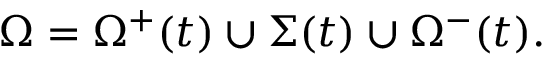
\Omega = \Omega ^ { + } ( t ) \cup \Sigma ( t ) \cup \Omega ^ { - } ( t ) .